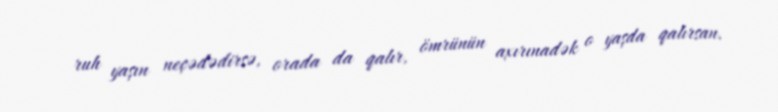
ruh yaşın neçədədirsə, orada da qalır, ömrünün axırınadək o yaşda qalırsan.